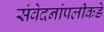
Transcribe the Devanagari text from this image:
संवेदनांपलीकडे